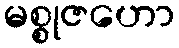
မစ္စုဇဟော